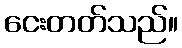
ငေးတတ်သည်။